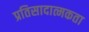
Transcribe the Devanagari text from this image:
प्रतिसादात्मकता